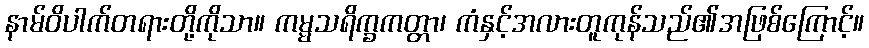
နာမ်ဝိပါက်တရားတို့ကိုသာ။ ကမ္မသရိက္ခကတ္တာ၊ ကံနှင့်အလားတူကုန်သည်၏အဖြစ်ကြောင့်။